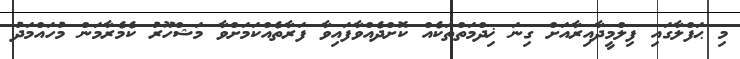
މި ޙަފްލާގައި ފިލްމީދާއިރާއަށް ގިނަ ޚިދްމަތްތަކެއް ކޮށްދެއްވާފައިވާ ފަރާތެއްކަމަށްވާ މަޝްހޫރު ކެމެރާމަން މުހައްމަދު